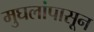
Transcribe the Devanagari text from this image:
मुघलांपासून